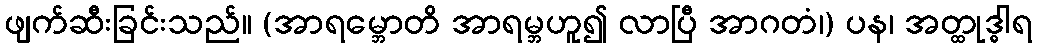
ဖျက်ဆီးခြင်းသည်။ (အာရမ္ဘောတိ အာရမ္ဘဟူ၍ လာပြီ အာဂတံ၊) ပန၊ အတ္ထုဒ္ဓါရ